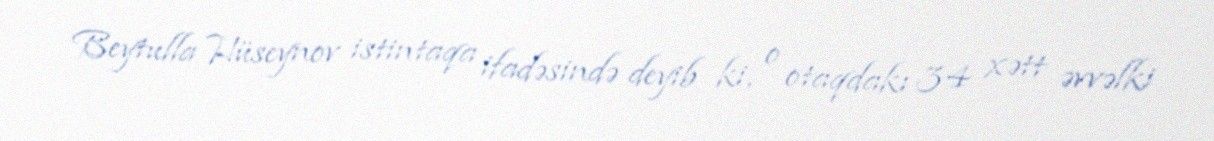
Beytulla Hüseynov istintaqa ifadəsində deyib ki, o otaqdakı 34 xətt əvvəlki